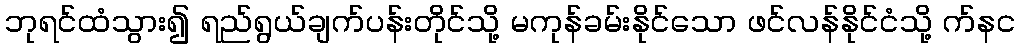
ဘုရင်ထံသွား၍ ရည်ရွယ်ချက်ပန်းတိုင်သို့ မကုန်ခမ်းနိုင်သော ဖင်လန်နိုင်ငံသို့ က်နင